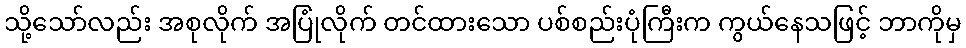
သို့သော်လည်း အစုလိုက် အပြုံလိုက် တင်ထားသော ပစ်စည်းပုံကြီးက ကွယ်နေသဖြင့် ဘာကိုမှ